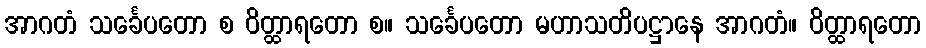
အာဂတံ သင်္ခေပတော စ ဝိတ္ထာရတော စ။ သင်္ခေပတော မဟာသတိပဋ္ဌာနေ အာဂတံ။ ဝိတ္ထာရတော